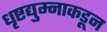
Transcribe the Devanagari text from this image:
धृष्टद्युम्नाकडून